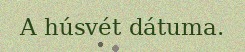
A húsvét dátuma.